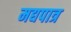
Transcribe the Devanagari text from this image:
मद्यपात्र